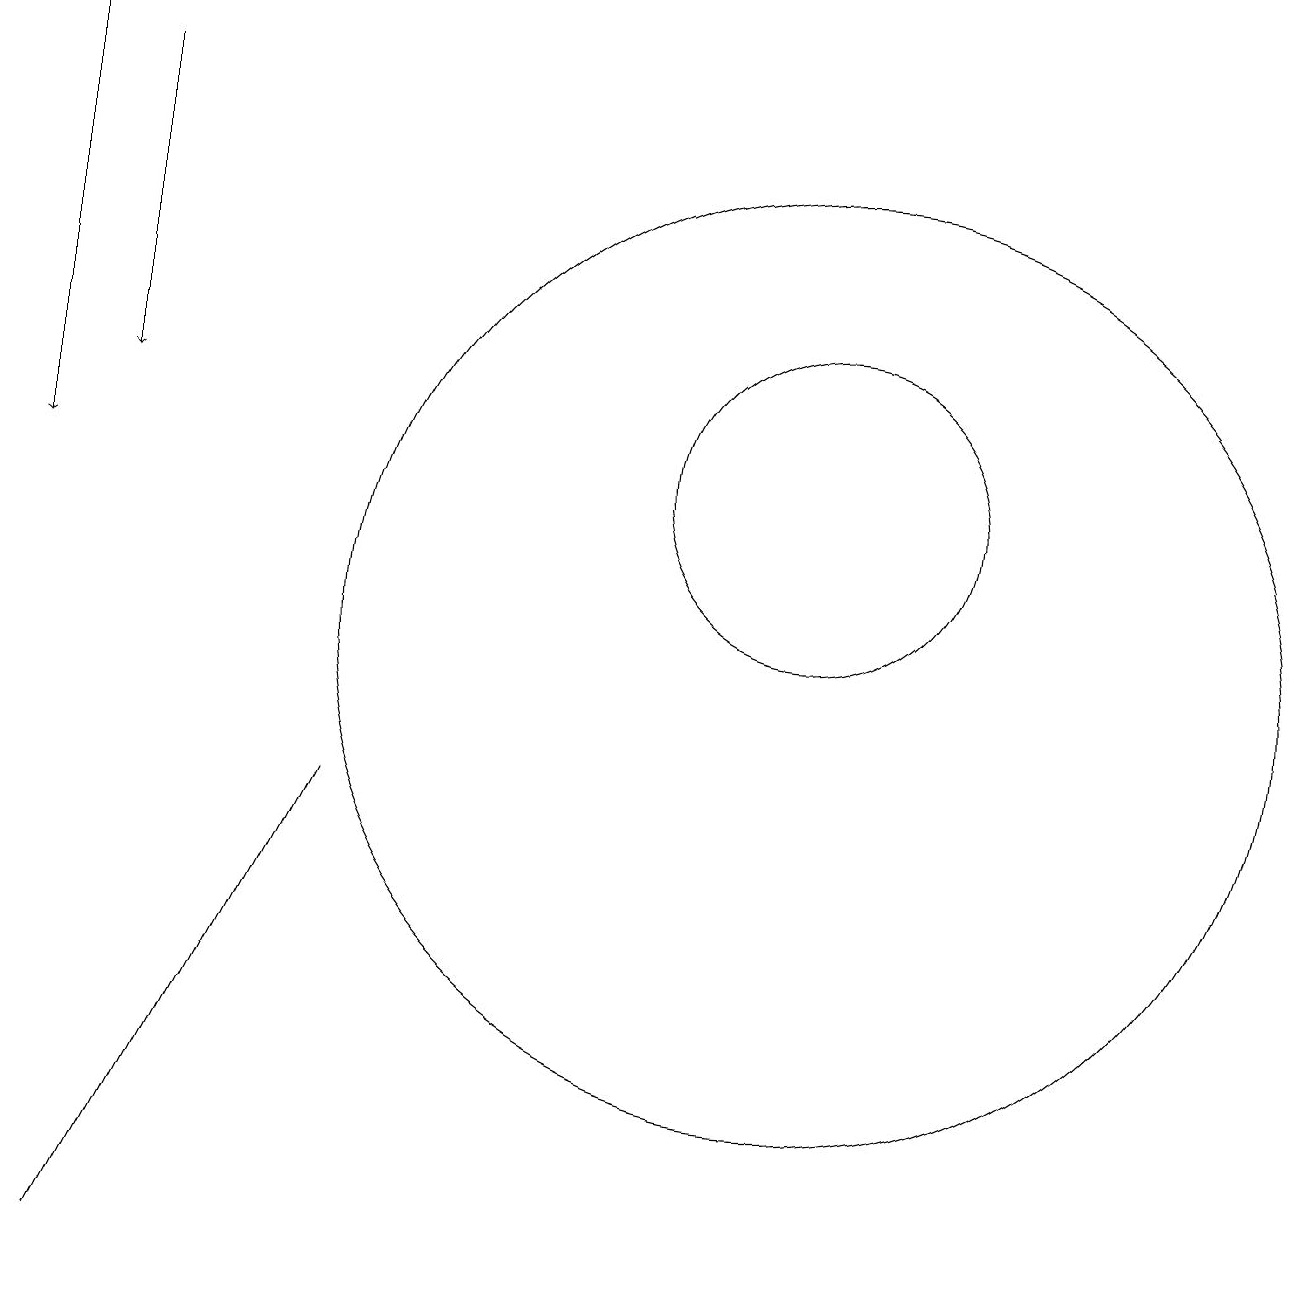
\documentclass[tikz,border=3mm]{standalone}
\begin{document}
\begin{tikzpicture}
\draw (11,12) circle (2);
\draw[->] (2,17) -- (2,13);
\draw (5,8) -- (4,6) -- (2,2) -- cycle;
\draw (11,10) circle (6);
\draw[->] (1,18) -- (1,12);
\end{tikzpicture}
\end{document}